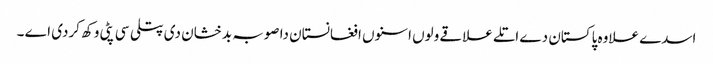
اسدے علاوہ پاکستان دے اتلے علاقے ولوں اسنوں افغانستان دا صوبہ بدخشان دی پتلی سی پٹی وکھ کردی اے ۔